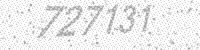
Solution: 727131